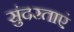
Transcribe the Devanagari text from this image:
सुंदरताएं